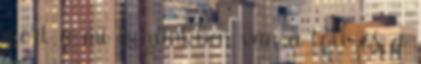
mert a mi kezünkben van a toll és a